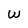
Character: w